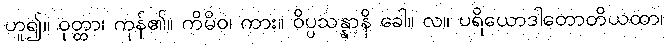
ဟူ၍။ ဝုတ္တာ၊ ကုန်၏။ ကိမိဝ၊ ကား။ ဝိပ္ပသန္နာနိ ခေါ။ လ။ ပရိယောဒါတောတိယထာ၊